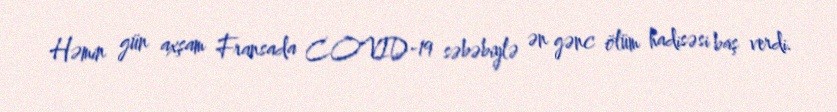
Həmin gün axşam Fransada COVID-19 səbəbiylə ən gənc ölüm hadisəsi baş verdi.